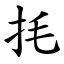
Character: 㧌